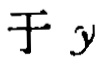
于 \(y\)